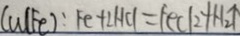
C u ( F e ) : F e + 2 H C l = F e C l _ { 2 } + H _ { 2 } \uparrow